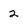
Character: 2